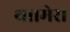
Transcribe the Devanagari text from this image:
था।मेरा